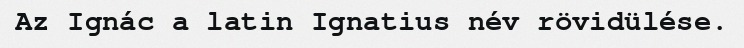
Az Ignác a latin Ignatius név rövidülése.